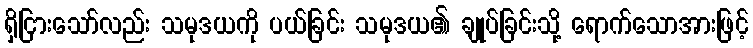
ရှိငြားသော်လည်း သမုဒယကို ပယ်ခြင်း သမုဒယ၏ ချုပ်ခြင်းသို့ ရောက်သောအားဖြင့်